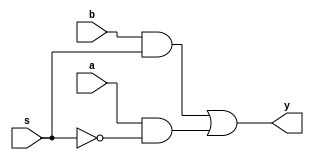
`timescale 1ns / 1ps
//////////////////////////////////////////////////////////////////////////////////
// Company: 
// Engineer: 
// 
// Design Name: 
// Module Name:    mux21struct 
// Project Name: 
// Target Devices: 
// Tool versions: 
// Description: 
//
// Dependencies: 
//
// Revision: 
// Revision 0.01 - File Created
// Additional Comments: 
//
//////////////////////////////////////////////////////////////////////////////////
module mux21struct(a,b,s,y);
input a,b,s;
output y;
and a1(t1,b,s);
and a2(t2,a,sbar);
not n1(sbar,s);
or o1(y,t1,t2);
endmodule